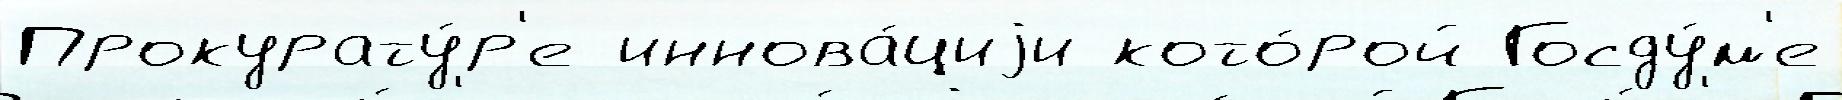
Прокурату́р'е иннова́циjи кото́рой Госду́м'е